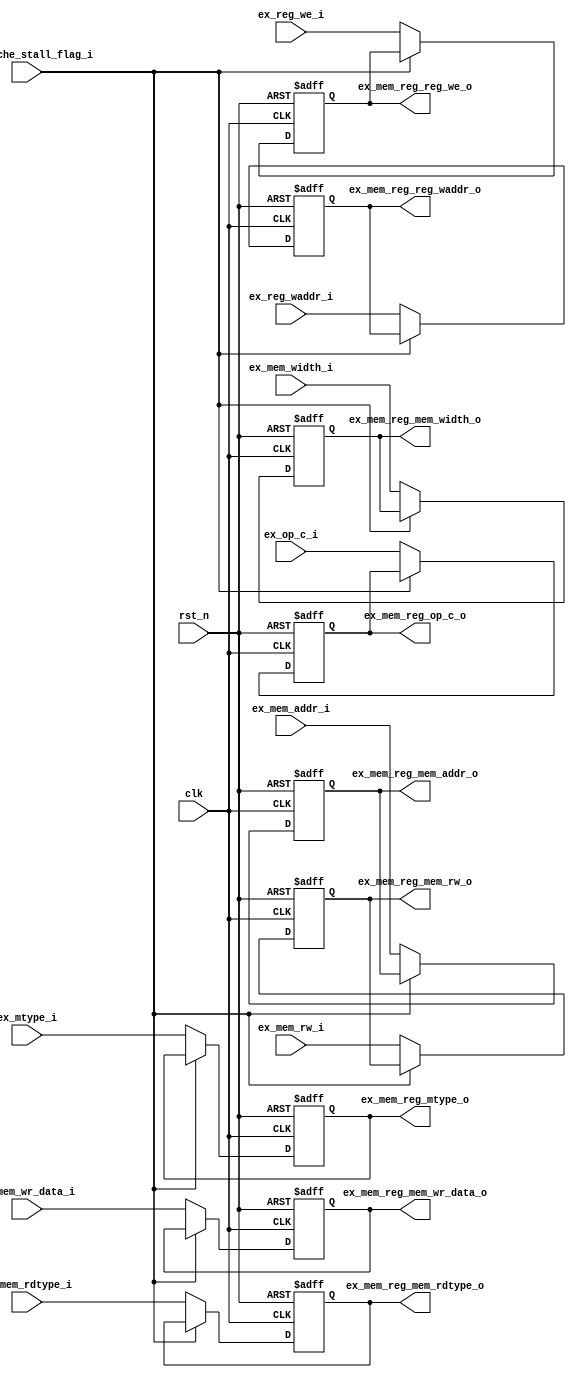
module ex_mem_reg (
    input   wire                    clk,
    input   wire                    rst_n,
    //from ex
    input   wire            [31:0]  ex_op_c_i,
    input   wire            [4:0]   ex_reg_waddr_i,
    input   wire                    ex_reg_we_i,

    input   wire                    ex_mtype_i,  
    input   wire                    ex_mem_rw_i, 
    input   wire            [1:0]   ex_mem_width_i,
    input   wire            [31:0]  ex_mem_wr_data_i,
    input   wire                    ex_mem_rdtype_i,
    input   wire            [31:0]  ex_mem_addr_i,

    //to mem
    output  reg             [31:0]  ex_mem_reg_op_c_o,
    output  reg             [4:0]   ex_mem_reg_reg_waddr_o,
    output  reg                     ex_mem_reg_reg_we_o,


    output  reg                     ex_mem_reg_mtype_o,          
    output  reg                     ex_mem_reg_mem_rw_o,        
    output  reg             [1:0]   ex_mem_reg_mem_width_o,      
    output  reg             [31:0]  ex_mem_reg_mem_wr_data_o, 
    output  reg                     ex_mem_reg_mem_rdtype_o,    
    output  reg             [31:0]  ex_mem_reg_mem_addr_o,

    //from fc
    input   wire                    fc_Dcache_stall_flag_i
);

    always @(posedge clk or negedge rst_n)begin
        if(rst_n == 1'b0)begin
            ex_mem_reg_mtype_o          <= 1'b0;
            ex_mem_reg_mem_rw_o         <= 1'b0;
            ex_mem_reg_mem_width_o      <= 1'b0;
            ex_mem_reg_mem_wr_data_o    <= 32'h0;
            ex_mem_reg_mem_rdtype_o     <= 1'b0;
            ex_mem_reg_mem_addr_o       <= 32'h0;
        end
        else if(fc_Dcache_stall_flag_i == 1'b1)begin
            ex_mem_reg_mtype_o          <= ex_mem_reg_mtype_o;
            ex_mem_reg_mem_rw_o         <= ex_mem_reg_mem_rw_o;
            ex_mem_reg_mem_width_o      <= ex_mem_reg_mem_width_o;
            ex_mem_reg_mem_wr_data_o    <= ex_mem_reg_mem_wr_data_o;
            ex_mem_reg_mem_rdtype_o     <= ex_mem_reg_mem_rdtype_o;
            ex_mem_reg_mem_addr_o       <= ex_mem_reg_mem_addr_o;
        end
        else begin
            ex_mem_reg_mtype_o          <= ex_mtype_i;
            ex_mem_reg_mem_rw_o         <= ex_mem_rw_i;
            ex_mem_reg_mem_width_o      <= ex_mem_width_i;
            ex_mem_reg_mem_wr_data_o    <= ex_mem_wr_data_i;
            ex_mem_reg_mem_rdtype_o     <= ex_mem_rdtype_i;
            ex_mem_reg_mem_addr_o       <= ex_mem_addr_i;
        end
    end





    always @(posedge clk or negedge rst_n)begin
        if(rst_n == 1'b0)begin
            ex_mem_reg_op_c_o <= 32'h0;
        end
        else if(fc_Dcache_stall_flag_i == 1'b1)begin
            ex_mem_reg_op_c_o <= ex_mem_reg_op_c_o;
        end
        else begin
            ex_mem_reg_op_c_o <= ex_op_c_i;
        end
    end

    always @(posedge clk or negedge rst_n)begin
        if(rst_n == 1'b0)begin
            ex_mem_reg_reg_waddr_o <= 5'h0;
        end
        else if(fc_Dcache_stall_flag_i == 1'b1)begin
            ex_mem_reg_reg_waddr_o <= ex_mem_reg_reg_waddr_o;
        end
        else begin
            ex_mem_reg_reg_waddr_o <= ex_reg_waddr_i;
        end
    end

    always @(posedge clk or negedge rst_n)begin
        if(rst_n == 1'b0)begin
            ex_mem_reg_reg_we_o <= 1'b0;
        end
        else if(fc_Dcache_stall_flag_i == 1'b1)begin
            ex_mem_reg_reg_we_o <= ex_mem_reg_reg_we_o;
        end
        else begin
            ex_mem_reg_reg_we_o <= ex_reg_we_i;
        end
    end


endmodule